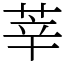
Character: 莘